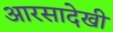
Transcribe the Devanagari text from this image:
आरसादेखी